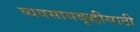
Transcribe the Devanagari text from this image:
व्यवसायवृद्धीसाठी